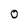
Character: 0